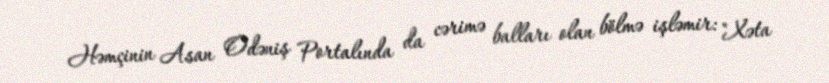
Həmçinin Asan Ödəniş Portalında da cərimə balları olan bölmə işləmir: "Xəta